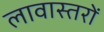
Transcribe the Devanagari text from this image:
लावास्तरों